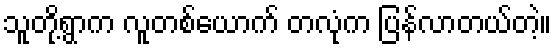
သူတို့ရွာက လူတစ်ယောက် တလုံက ပြန်လာတယ်တဲ့။